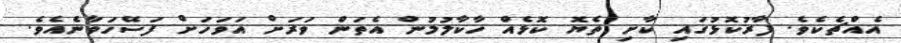
އެއްޗެކެވެ. ފާރުކޮޅުގައި ކާށި ތެޔޮ ކޮޅެއް ހާކާލުމުން އެތަން ވަރަށް އަވަހަށް ފަސޭހަވާނެއެވެ.